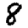
Digit: 8